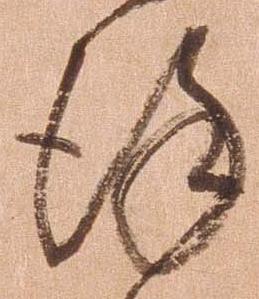
謹